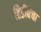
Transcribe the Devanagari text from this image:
हिडींबेचा